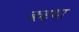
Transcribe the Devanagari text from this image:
कहथा